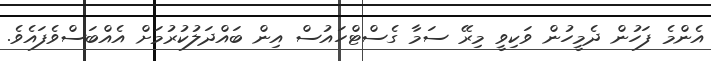
އެންމެ ފަހުން ދެމީހުން ވަކިވީ މިރޭ ސަމާ ގެސްޓްހައުސް އިން ބައްދަލުކުރުމަށް އެއްބަސްވެފައެވެ.